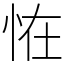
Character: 恠